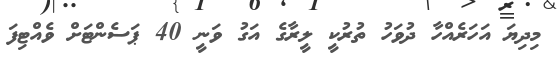
މިދިޔަ އަހަރެއްހާ ދުވަހު ތުރުކީ ލީރާގެ އަގު ވަނީ 40 ޕަސެންޓަށް ވެއްޓިފަ